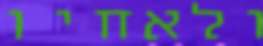
ולאחיו